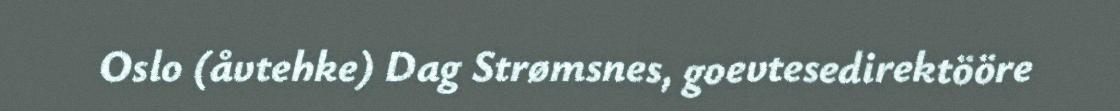
Oslo (åvtehke) Dag Strømsnes, goevtesedirektööre